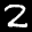
Label: 2